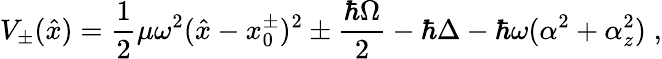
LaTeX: V_{\pm}(\hat{x})=\frac 12\mu\omega^{2}(\hat{x}-x_{0}^{\pm})^{2}\pm\frac{\hbar\Omega}{2}-\hbar\Delta-\hbar\omega(\alpha^{2}+\alpha_{z}^{2})\; ,